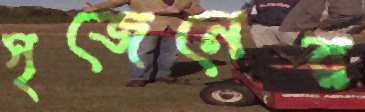
সৃজেনের